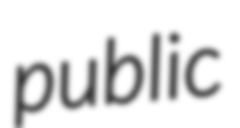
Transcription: public